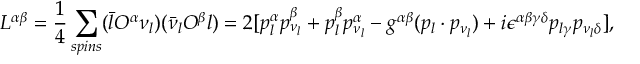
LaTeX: L ^ { \alpha \beta } = \frac { 1 } { 4 } \sum _ { s p i n s } ( \bar { l } O ^ { \alpha } \nu _ { l } ) ( \bar { \nu } _ { l } O ^ { \beta } l ) = 2 [ p _ { l } ^ { \alpha } p _ { \nu _ { l } } ^ { \beta } + p _ { l } ^ { \beta } p _ { \nu _ { l } } ^ { \alpha } - g ^ { \alpha \beta } ( p _ { l } \cdot p _ { \nu _ { l } } ) + i \epsilon ^ { \alpha \beta \gamma \delta } p _ { l \gamma } p _ { \nu _ { l } \delta } ] ,